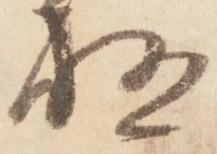
極